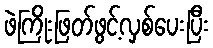
ဖဲကြိုးဖြတ်ဖွင့်လှစ်ပေးပြီး